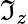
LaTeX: \mathfrak{I}_{z}